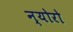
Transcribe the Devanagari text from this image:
न्योरो